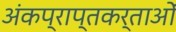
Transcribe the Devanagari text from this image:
अंकप्राप्तकर्ताओं